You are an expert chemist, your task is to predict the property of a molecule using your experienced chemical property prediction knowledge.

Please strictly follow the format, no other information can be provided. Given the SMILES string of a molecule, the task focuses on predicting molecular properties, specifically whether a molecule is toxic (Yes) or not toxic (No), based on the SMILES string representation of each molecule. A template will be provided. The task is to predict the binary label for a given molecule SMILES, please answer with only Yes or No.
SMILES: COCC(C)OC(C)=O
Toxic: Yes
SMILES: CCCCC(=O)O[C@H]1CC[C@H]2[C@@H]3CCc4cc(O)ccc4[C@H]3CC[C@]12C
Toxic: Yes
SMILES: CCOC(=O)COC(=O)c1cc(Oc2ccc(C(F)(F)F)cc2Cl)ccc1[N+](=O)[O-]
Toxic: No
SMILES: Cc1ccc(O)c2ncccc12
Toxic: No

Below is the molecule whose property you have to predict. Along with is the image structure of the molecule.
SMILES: Sc1ccccc1
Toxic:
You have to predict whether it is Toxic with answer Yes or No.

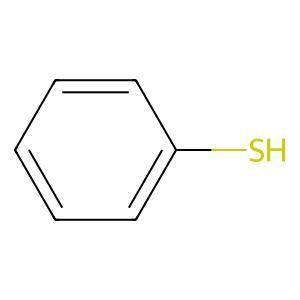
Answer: No